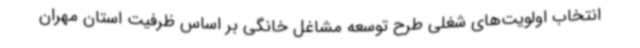
انتخاب اولویت‌های شغلی طرح توسعه مشاغل خانگی بر اساس ظرفیت استان مهران